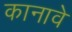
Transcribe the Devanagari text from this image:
कानावे